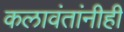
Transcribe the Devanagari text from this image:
कलावंतांनीही